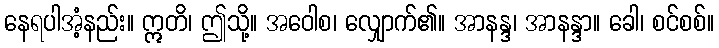
နေရပါအံ့နည်း။ ဣတိ၊ ဤသို့။ အဝေါစ၊ လျှောက်၏။ အာနန္ဒ၊ အာနန္ဒာ။ ခေါ၊ စင်စစ်။